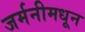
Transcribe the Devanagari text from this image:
जर्मनीमधून